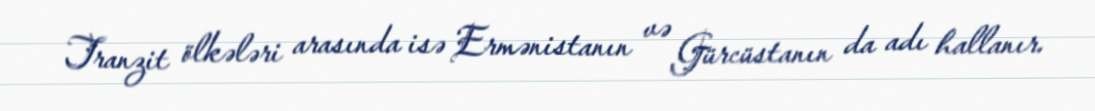
Tranzit ölkələri arasında isə Ermənistanın və Gürcüstanın da adı hallanır.